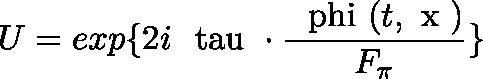
U = e x p { \{ 2 i \mathrm { \boldmath ~ { \ t a u } ~ } \cdot \frac { \mathrm { \boldmath ~ \ p h i ~ } ( t , \mathrm { \boldmath ~ x ~ } ) } { F _ { \pi } } \} }